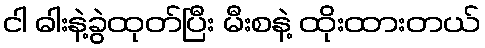
ငါ ဓါးနဲ့ခွဲထုတ်ပြီး မီးစနဲ့ ထိုးထားတယ်